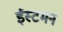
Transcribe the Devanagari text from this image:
ईस्टमन